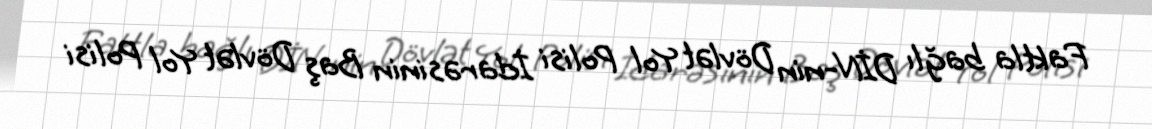
Faktla bağlı DİN-nin Dövlət Yol Polisi İdarəsinin Baş Dövlət Yol Polisi